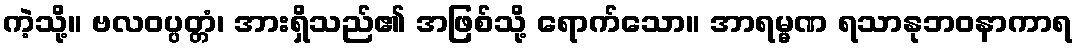
ကဲ့သို့။ ဗလဝပ္ပတ္တံ၊ အားရှိသည်၏ အဖြစ်သို့ ရောက်သော။ အာရမ္မဏ ရသာနုဘဝနာကာရ